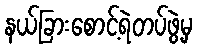
နယ်ခြားစောင့်ရဲတပ်ဖွဲ့မှ